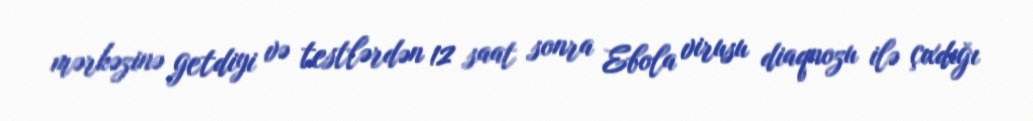
mərkəzinə getdiyi və testlərdən 12 saat sonra Ebola virusu diaqnozu ilə çıxdığı